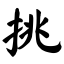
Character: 挑